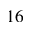
1 6